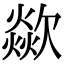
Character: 歘